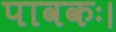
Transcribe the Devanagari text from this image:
पावकः।